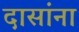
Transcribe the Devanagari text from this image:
दासांना